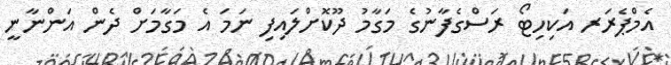
އެމްޕެރަރ އަކިހިޓޯ ރަސްގެފާނުގެ މަގާމު ދޫކޮށްލައިފި ނަމަ އެ މަގާމަށް ދެން އަންނާނީ